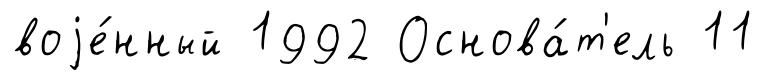
воjе́нный 1992 Основа́т'ель 11